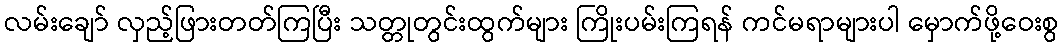
လမ်းချော် လှည့်ဖြားတတ်ကြပြီး သတ္တုတွင်းထွက်များ ကြိုးပမ်းကြရန် ကင်မရာများပါ မှောက်ဖို့ဝေးစွ